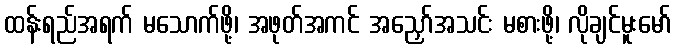
ထန်းရည်အရက် မသောက်ဖို့၊ အဖုတ်အကင် အညှော်အသင်း မစားဖို့၊ လိုချင်မူးမော်